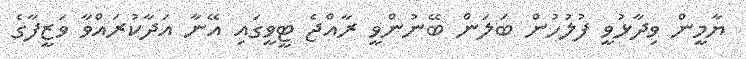
ޔާމީން ވިދާޅުވީ ފުލުހުން ބަލަން ބޭނުންވީ ރާއްޖެ ޓީވީގައި އޭނާ އަދާކުރައްވާ ވަޒީފާގެ